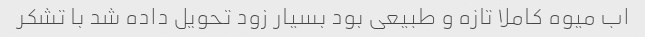
اب میوه کاملا تازه و طبیعی بود بسیار زود تحویل داده شد با تشکر